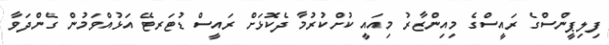
ފިލިޕީންސްގެ ރައީސްގެ މިއިންޒާރު މިއައީ ކުށްކުރުމާ ދެކޮޅަށް ރައީސް ޑުޓަރޓޭ އަޅުއްވަމުން ގެންދަވާ